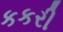
કકરી